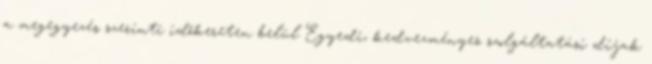
a megegyezés szerinti időkereten belül Egyedi, kedvezményes szolgáltatási díjak